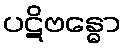
ပဋိဗန္ဓော